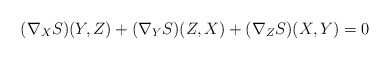
\begin{align*}(\nabla_X S)(Y,Z) + (\nabla_Y S)(Z,X) + (\nabla_Z S)(X,Y) = 0\end{align*}